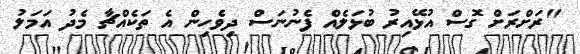
"ރަށްރަށް ގޮސް އުޅޭއިރު ބުޅަލެއް ފެނުނަސް ދިވެހިން އެ ތަކެއްޗާ މެދު އަމަލު